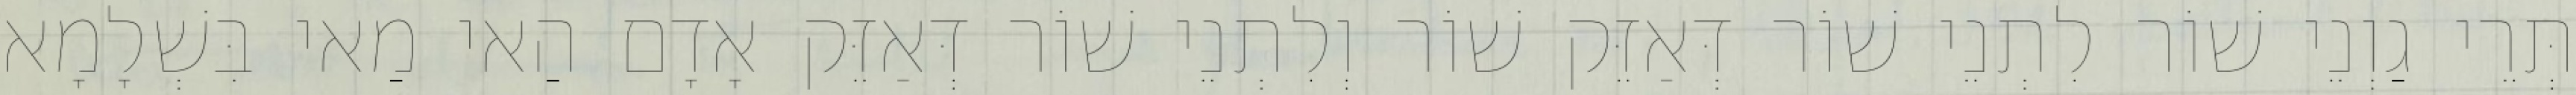
תְּרֵי גַוְנֵי שׁוֹר לִתְנֵי שׁוֹר דְּאַזֵּק שׁוֹר וְלִתְנֵי שׁוֹר דְּאַזֵּק אָדָם הַאי מַאי בִּשְׁלָמָא